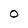
Character: O